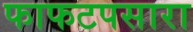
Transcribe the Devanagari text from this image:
फाफटपसारा